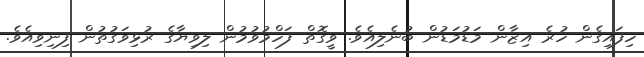
ހިފައިގެން ހުރެ އިޒާން މަޑުމަޑުން ބުނެލިއެވެ. ވީގޮތް ފަހްމުވުމުން ލިވިޔާގެ ރުޅިވަގުތުން ފިނިވިއެވެ.